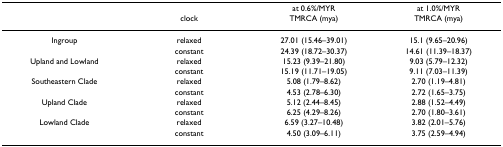
<table><thead><tr><td></td><td></td><td><b>at 0.6%/MYR</b></td><td><b>at 1.0%/MYR</b></td></tr><tr><td></td><td><b>clock</b></td><td><b>TMRCA (mya)</b></td><td><b>TMRCA (mya)</b></td></tr></thead><tbody><tr><td>Ingroup</td><td>relaxed</td><td>27.01 (15.46–39.01)</td><td>15.1 (9.65–20.96)</td></tr><tr><td></td><td>constant</td><td>24.39 (18.72–30.37)</td><td>14.61 (11.39–18.37)</td></tr><tr><td>Upland and Lowland</td><td>relaxed</td><td>15.23 (9.39–21.80)</td><td>9.03 (5.79–12.32)</td></tr><tr><td></td><td>constant</td><td>15.19 (11.71–19.05)</td><td>9.11 (7.03–11.39)</td></tr><tr><td>Southeastern Clade</td><td>relaxed</td><td>5.08 (1.79–8.62)</td><td>2.70 (1.19–4.81)</td></tr><tr><td></td><td>constant</td><td>4.53 (2.78–6.30)</td><td>2.72 (1.65–3.75)</td></tr><tr><td>Upland Clade</td><td>relaxed</td><td>5.12 (2.44–8.45)</td><td>2.88 (1.52–4.49)</td></tr><tr><td></td><td>constant</td><td>6.25 (4.29–8.26)</td><td>2.70 (1.80–3.61)</td></tr><tr><td>Lowland Clade</td><td>relaxed</td><td>6.59 (3.27–10.48)</td><td>3.82 (2.01–5.76)</td></tr><tr><td></td><td>constant</td><td>4.50 (3.09–6.11)</td><td>3.75 (2.59–4.94)</td></tr></tbody></table>